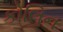
કોલિન